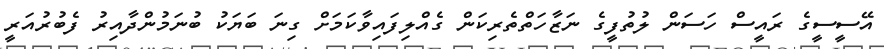
އޭސީސީގެ ރައީސް ހަސަން ލުތުފީގެ ނަޒާހަތްތެރިކަން ގެއްލިފައިވާކަމަށް ގިނަ ބަޔަކު ބުނަމުންދާއިރު ފެބުރުއަރީ